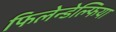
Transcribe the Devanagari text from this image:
फिलेन्डेल्फिया